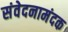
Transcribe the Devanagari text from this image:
संवेदनामंदक